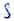
Text: S